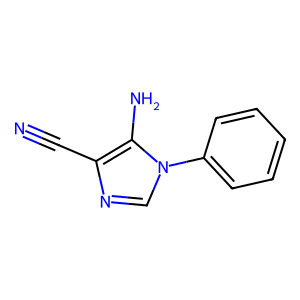
SMILES: N#Cc1ncn(-c2ccccc2)c1N
Inhibits HIV replication: No